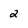
Character: 2